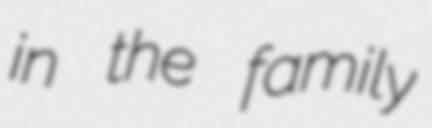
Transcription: in the family